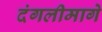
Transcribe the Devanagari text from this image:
दंगलीमागे